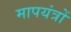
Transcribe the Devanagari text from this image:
मापयंत्रों